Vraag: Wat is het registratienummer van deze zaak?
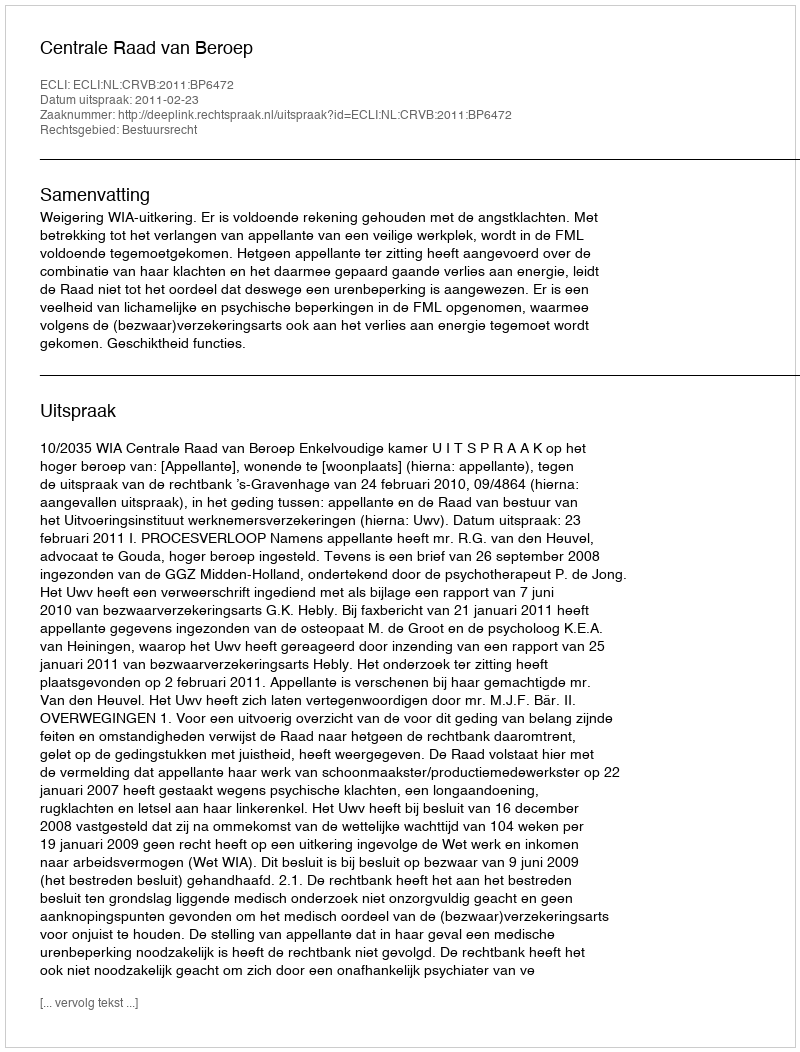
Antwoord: http://deeplink.rechtspraak.nl/uitspraak?id=ECLI:NL:CRVB:2011:BP6472